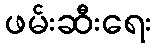
ဖမ်းဆီးရေး